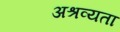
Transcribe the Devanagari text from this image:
अश्रव्यता